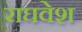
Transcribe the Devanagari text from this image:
राघवेश